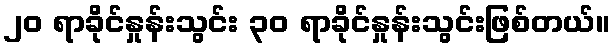
၂၀ ရာခိုင်နှုန်းသွင်း ၃၀ ရာခိုင်နှုန်းသွင်းဖြစ်တယ်။